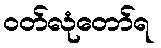
ဝတ်လုံတော်ရ